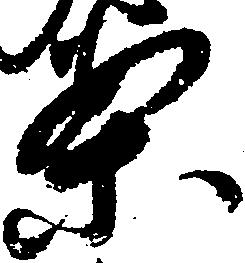
案